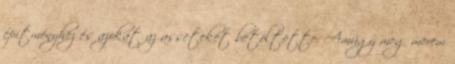
építményhez és azokat az asseteket betöltötte. Amúgy meg merem